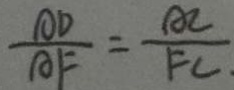
\frac { A D } { A F } = \frac { A C } { F C }